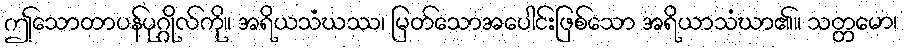
ဤသောတာပန်ပုဂ္ဂိုလ်ကို။ အရိယသံဃဿ၊ မြတ်သောအပေါင်းဖြစ်သော အရိယာသံဃာ၏။ သတ္တမော၊